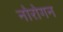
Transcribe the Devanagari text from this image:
नोरोगन